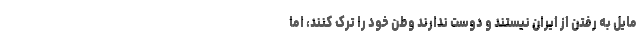
مایل به رفتن از ایران نیستند و دوست ندارند وطن خود را ترک کنند، اما